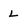
Character: L